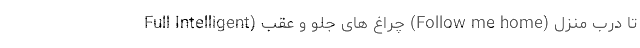
تا درب منزل (Follow me home) چراغ های جلو و عقب (Full Intelligent